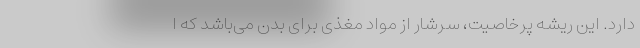
دارد. این ریشه‌ پرخاصیت، سرشار از مواد مغذی برای بدن می‌باشد که ا